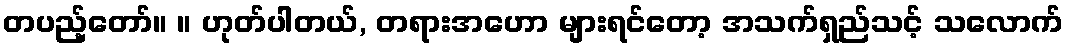
တပည့်တော်။ ။ ဟုတ်ပါတယ်, တရားအဟော များရင်တော့ အသက်ရှည်သင့် သလောက်